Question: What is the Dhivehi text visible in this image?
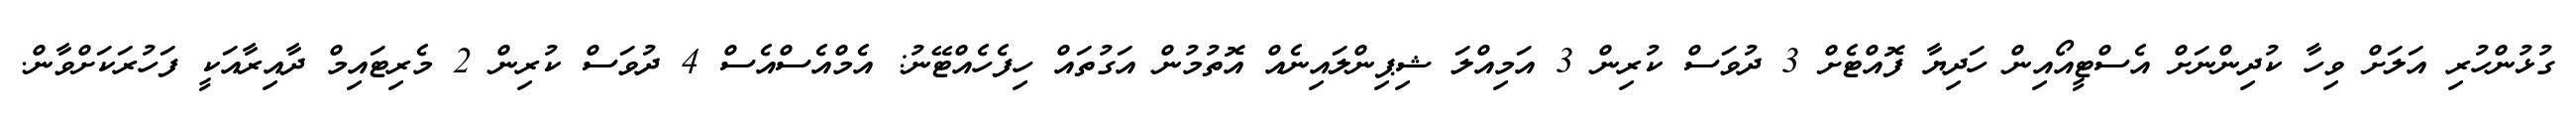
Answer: ގުޅުންހުރި އަލަށް ވިހާ ކުދިންނަށް އެސްޓީއޯއިން ހަދިޔާ ފޮއްޓެށް 3 ދުވަސް ކުރިން 3 އަމިއްލަ ޝިޕިންލައިނެއް އޮތުމުން އަގުތައް ހިފެހެއްޓޭނު: އެމްއެސްއެސް 4 ދުވަސް ކުރިން 2 މެރިޓައިމް ދާއިރާއަކީ ފަހުރަކަށްވާން.